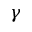
\gamma